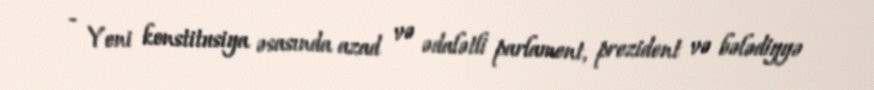
- Yeni konstitusiya əsasında azad və ədalətli parlament, prezident və bələdiyyə